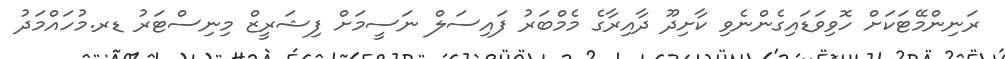
ރަނިންމޭޓަކަށް ހޮވިވަޑައިގެންނެވި ކާށިދޫ ދާއިރާގެ މެމްބަރު ފައިސަލް ނަސީމަށް ފިޝަރީޒް މިނިސްޓަރު ޑރ.މުހައްމަދު